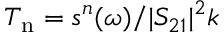
T _ { \mathrm { n } } = s ^ { n } ( \omega ) / | S _ { 2 1 } | ^ { 2 } k